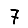
Digit: 7